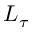
L _ { \tau }